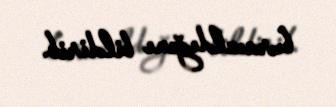
buraxıldığını bildirib.